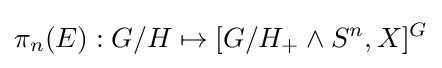
\pi _{n}(E):G/H\mapsto [G/H_{+}\wedge S^{n},X]^{G}